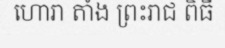
ហោរា តាំង ព្រះរាជ ពិធី